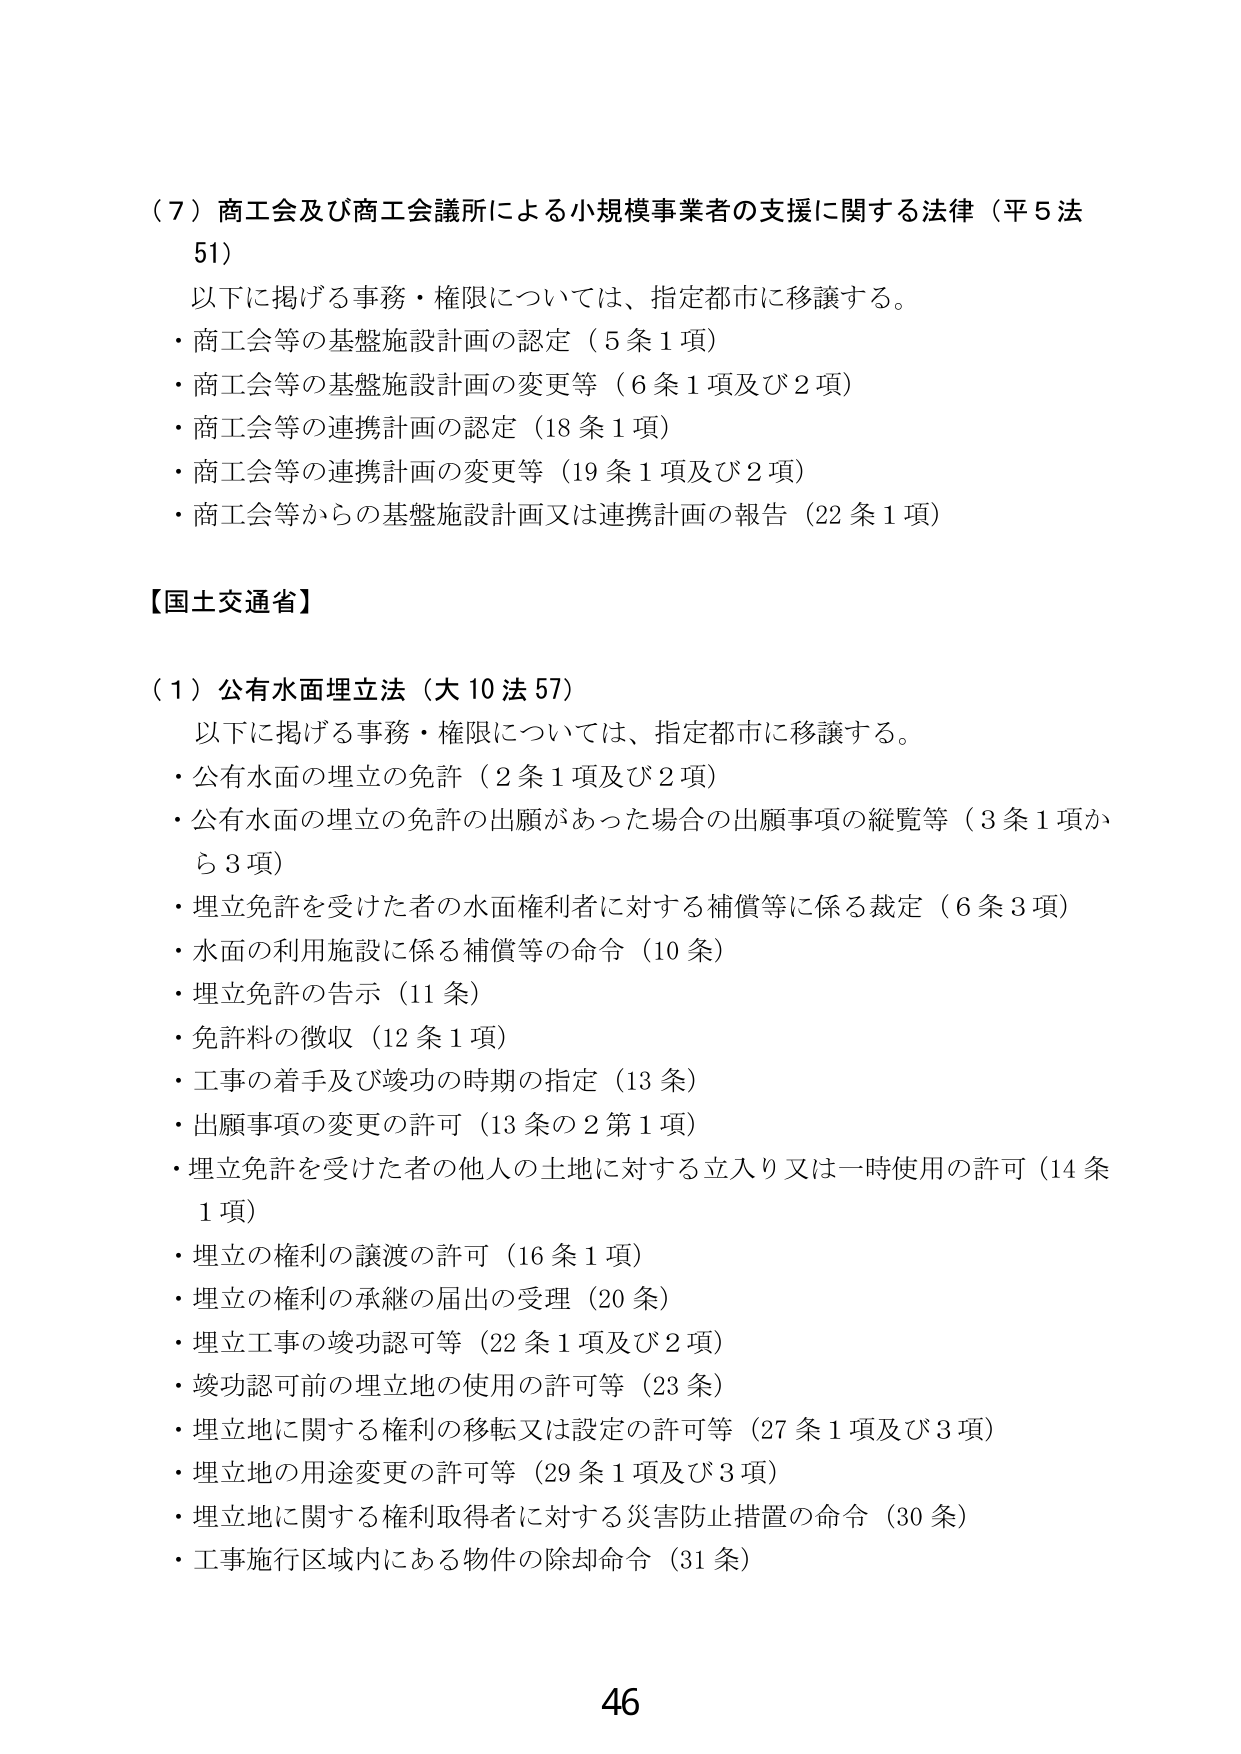
（７）商工会及び商工会議所による小規模事業者の支援に関する法律（平５法51）
以下に掲げる事務・権限については、指定都市に移譲する。
・商工会等の基盤施設計画の認定（５条１項）
・商工会等の基盤施設計画の変更等（６条１項及び２項）
・商工会等の連携計画の認定（18条１項）
・商工会等の連携計画の変更等（19条１項及び２項）
・商工会等からの基盤施設計画又は連携計画の報告（22条１項）

【国土交通省】

（１）公有水面埋立法（大10法57）
以下に掲げる事務・権限については、指定都市に移譲する。
・公有水面の埋立の免許（２条１項及び２項）
・公有水面の埋立の免許の出願があった場合の出願事項の縦覧等（３条１項から３項）
・埋立免許を受けた者の水面権利者に対する補償等に係る裁定（６条３項）
・水面の利用施設に係る補償等の命令（10条）
・埋立免許の告示（11条）
・免許料の徴収（12条１項）
・工事の着手及び竣功の時期の指定（13条）
・出願事項の変更の許可（13条の２第１項）
・埋立免許を受けた者の他人の土地に対する立入り又は一時使用の許可（14条１項）
・埋立の権利の譲渡の許可（16条１項）
・埋立の権利の承継の届出の受理（20条）
・埋立工事の竣功認可等（22条１項及び２項）
・竣功認可前の埋立地の使用の許可等（23条）
・埋立地に関する権利の移転又は設定の許可等（27条１項及び３項）
・埋立地の用途変更の許可等（29条１項及び３項）
・埋立地に関する権利取得者に対する災害防止措置の命令（30条）
・工事施行区域内にある物件の除却命令（31条）

46